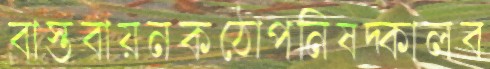
বাস্তবায়নকঠোপনিষদ্কালব